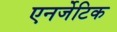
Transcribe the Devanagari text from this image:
एनर्जेटिक